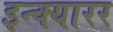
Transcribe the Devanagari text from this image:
इन्क्यारर